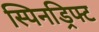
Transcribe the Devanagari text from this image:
स्पिनड्रिफ्ट